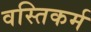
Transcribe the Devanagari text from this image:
वस्तिकर्म